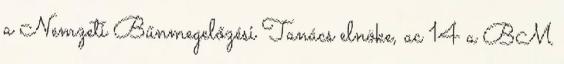
a Nemzeti Bűnmegelőzési Tanács elnöke, ac 14 a BM